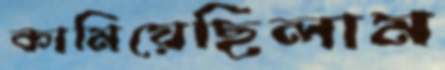
কামিয়েছিলাম